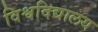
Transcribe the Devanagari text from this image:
विश्वदिद्यालय